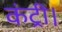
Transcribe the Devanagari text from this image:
कंट्री।